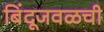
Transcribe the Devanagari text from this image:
बिंदूजवळची